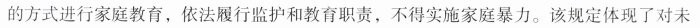
的方式进行家庭教育，依法履行监护和教育职责，不得实施家庭暴力。该规定体现了对未